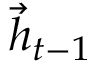
\vec { h } _ { t - 1 }